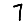
Digit: 7